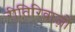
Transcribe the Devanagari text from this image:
रीतिरिवाज़ों